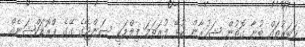
ޚަބަރުތައް ބުނާ ގޮތުން ޝަހުރާން ކުޅޭ ފުރަތަމަ ފިލްމަކީ ސަންޖޭގެ ގޭގެ ޕްރޮޑަކްޝަނެއް